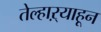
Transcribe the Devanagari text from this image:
तेल्हाऱ्याहून